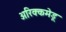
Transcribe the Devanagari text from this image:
अरिक्कमेडू